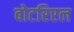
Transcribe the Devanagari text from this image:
बोटरिएल